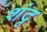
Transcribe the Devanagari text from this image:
शंदृ